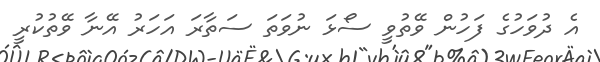
އެ ދުވަހުގެ ފަހުން ވޭތުވީ ސޯޅަ ނުވަތަ ސަތާރަ އަހަރު އޭނާ ވޭތުކުރީ